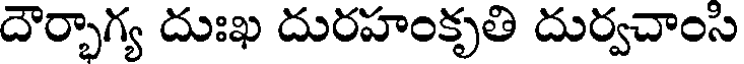
దౌర్భాగ్య దుఃఖ దురహంకృతి దుర్వచాంసి